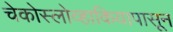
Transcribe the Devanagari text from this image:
चेकोस्लोव्हाकियापासून